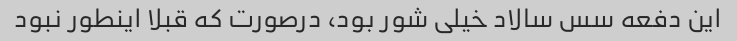
این دفعه سس سالاد خیلی شور بود، درصورت که قبلا اینطور نبود